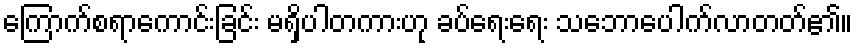
ကြောက်စရာကောင်းခြင်း မရှိပါတကားဟု ခပ်ရေးရေး သဘောပေါက်လာတတ်၏။